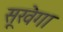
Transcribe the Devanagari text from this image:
सूखेगा